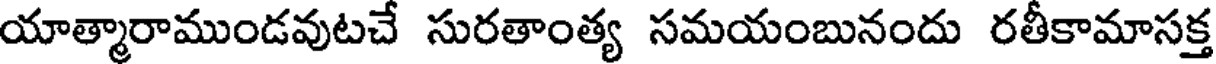
యాత్మారాముండవుటచే సురతాంత్య సమయంబునందు రతీకామాసక్త